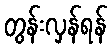
တွန်းလှန်ရန်